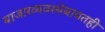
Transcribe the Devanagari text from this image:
बाजारव्यवस्थेबाबतही